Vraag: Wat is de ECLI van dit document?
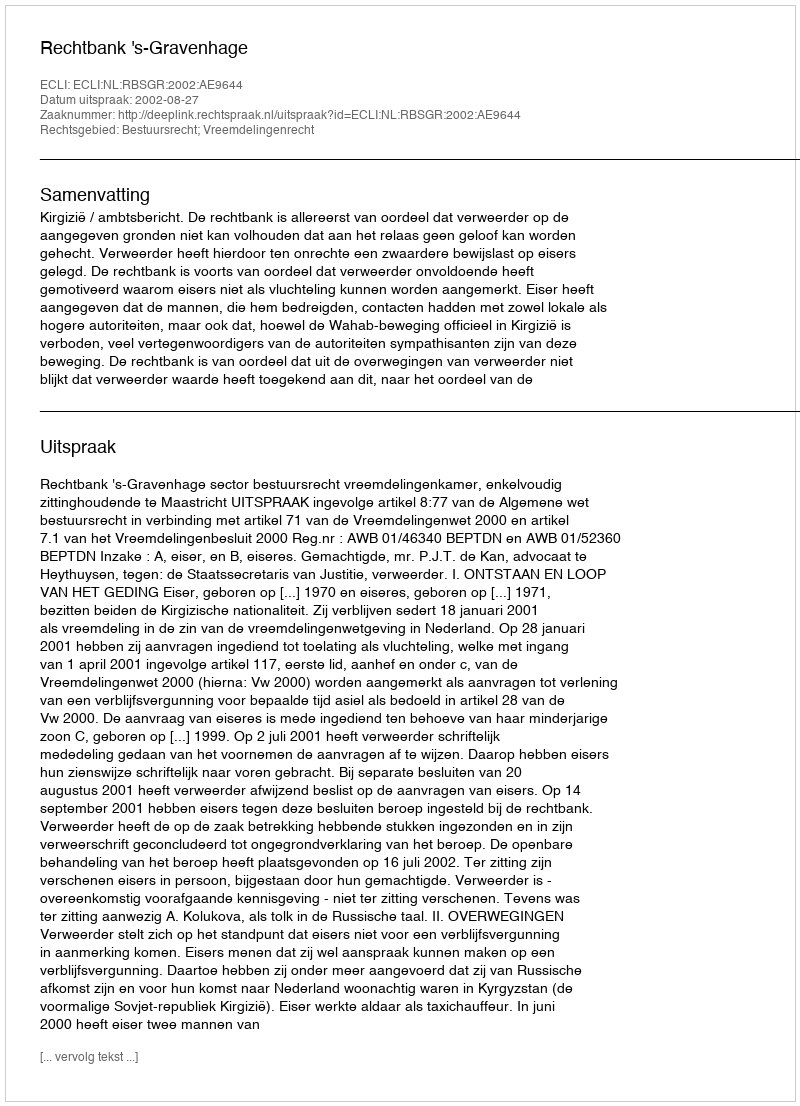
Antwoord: ECLI:NL:RBSGR:2002:AE9644